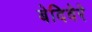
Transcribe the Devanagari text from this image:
बेदिवेरे